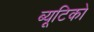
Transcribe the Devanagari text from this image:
ब्यूटिको